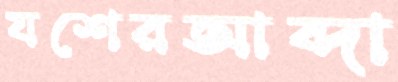
যশেরআব্দা